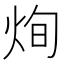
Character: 㶷